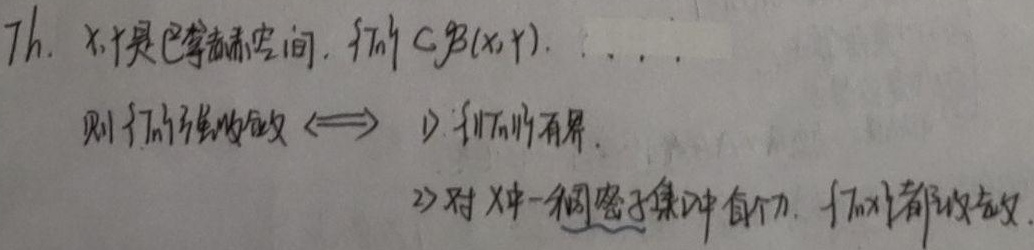
Th. \(X,Y\) 是巴拿赫空间，\(\{T_n\}\subseteq\mathcal{B}(X,Y)\)，则 \(\{T_n\}\) 强收敛 \(\Longleftrightarrow\)
1. \(\{\|T_n\|\}\) 有界，
2. 对 \(X\) 中一稠密子集中每个 \(x\)，\(\{T_nx\}\) 都收敛。